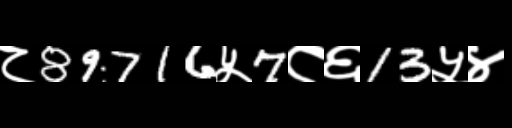
Text: ८89716५7८६13५४